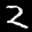
Label: 2